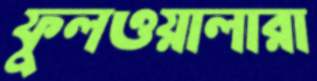
ফুলওয়ালারা